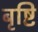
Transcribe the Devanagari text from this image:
बृष्टि